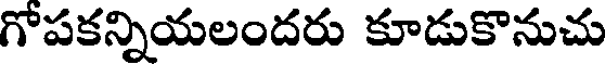
గోపకన్నియలందరు కూడుకొనుచు